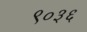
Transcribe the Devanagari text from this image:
९०३६